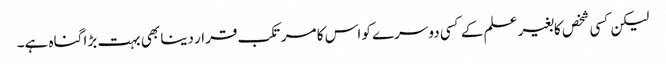
لیکن کسی شخص کابغیر علم کے کسی دوسرے کو اس کا مرتکب قرار دینا بھی بہت بڑا گناہ ہے۔